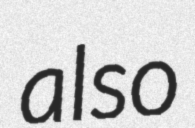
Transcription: also